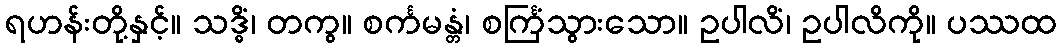
ရဟန်းတို့နှင့်။ သဒ္ဓိံ၊ တကွ။ စင်္ကမန္တံ၊ စင်္ကြံသွားသော။ ဥပါလိံ၊ ဥပါလိကို။ ပဿထ